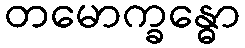
တမောက္ခန္ဓော